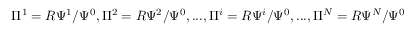
\Pi ^ { 1 } = R \Psi ^ { 1 } / \Psi ^ { 0 } , \Pi ^ { 2 } = R \Psi ^ { 2 } / \Psi ^ { 0 } , . . . , \Pi ^ { i } = R \Psi ^ { i } / \Psi ^ { 0 } , . . . , \Pi ^ { N } = R \Psi ^ { N } / \Psi ^ { 0 }